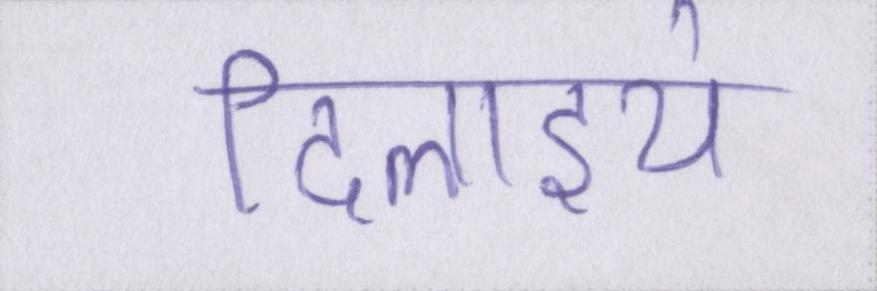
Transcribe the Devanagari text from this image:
दिलाइये